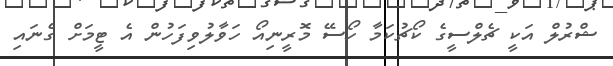
ޝްރުލް އަކީ ޗެލްސީގެ ކޯޗުކަމާ ހޯސޭ މޮރީނިއޯ ހަވާލުވިފަހުން އެ ޓީމަށް ގެނައި